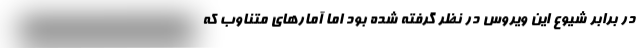
در برابر شيوع اين ويروس در نظر گرفته شده بود اما آمارهاي متناوب كه